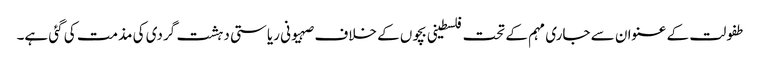
طفولت کے عنوان سے جاری مہم کے تحت فلسطینی بچوں کے خلاف صہیونی ریاستی دہشت گردی کی مذمت کی گئی ہے۔